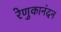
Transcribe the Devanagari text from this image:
रेणुकानंदन